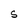
Character: S